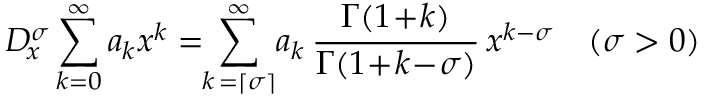
D _ { \! x } ^ { \sigma } \sum _ { k = 0 } ^ { \infty } a _ { k } x ^ { k } = \! \! \sum _ { k \, = \left\lceil \sigma \right\rceil } ^ { \infty } \! a _ { k } \, \frac { \Gamma ( 1 \! + \! k ) } { \Gamma ( 1 \! + \! k \! - \! \sigma ) } \, x ^ { k - \sigma } \quad ( \sigma > 0 )